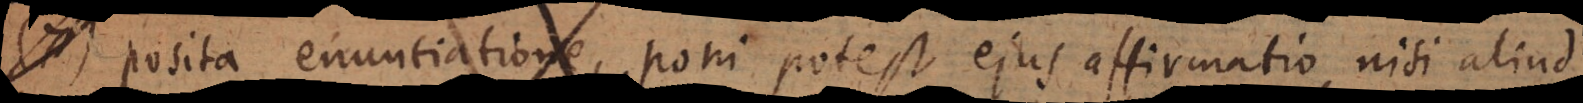
7) Posita enuntiatione, poni potest ejus affirmatio, nisi aliud